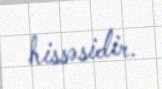
hissəsidir.